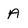
Character: A